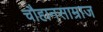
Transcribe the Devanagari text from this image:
चौहानसाम्राज